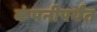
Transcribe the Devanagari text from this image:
कंपनीपर्यंत